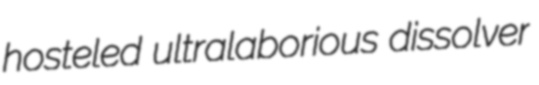
hosteled ultralaborious dissolver